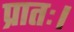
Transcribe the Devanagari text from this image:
प्रातः।